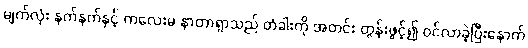
မျက်လုံး နက်နက်နှင့် ကလေးမ နာတာရှာသည် တံခါးကို အတင်း တွန်းဖွင့်၍ ဝင်လာခဲ့ပြီးနောက်